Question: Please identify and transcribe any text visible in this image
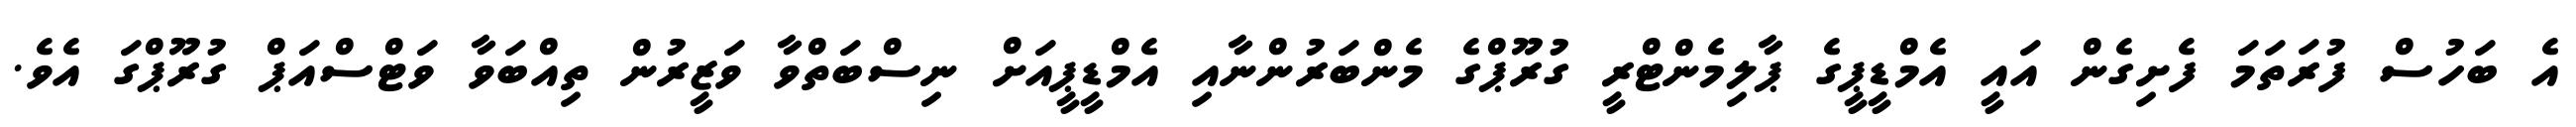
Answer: އެ ބަހުސް ފުރަތަމަ ފެށިގެން އައީ އެމްޑީޕީގެ ޕާލިމެންޓްރީ ގުރޫޕްގެ މެންބަރުންނާއި އެމްޑީޕީއަށް ނިސްބަތްވާ ވަޒީރުން ތިއްބަވާ ވަޓްސްއަޕް ގުރޫޕްގަ އެވެ.